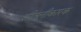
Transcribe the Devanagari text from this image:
शीतलीकारक